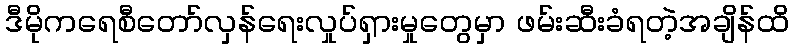
ဒီမိုကရေစီတော်လှန်ရေးလှုပ်ရှားမှုတွေမှာ ဖမ်းဆီးခံရတဲ့အချိန်ထိ